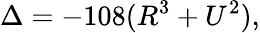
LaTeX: \Delta=-108(R^{3}+U^{2}),